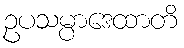
ဥပသမ္ပာဒေထာတိ